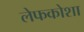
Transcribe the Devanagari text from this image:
लेफकोशा